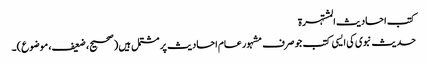
کتب احادیث المشتہرۃ
حدیث نبوی کی ایسی کتب جو صرف مشہور عام احادیث پر مشتمل ہیں (صحیح، ضعیف، موضوع)۔